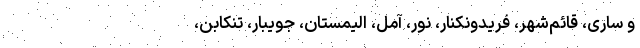
و ساری، قائم‌شهر، فریدونکنار، نور، آمل، الیمستان، جویبار، تنکابن،